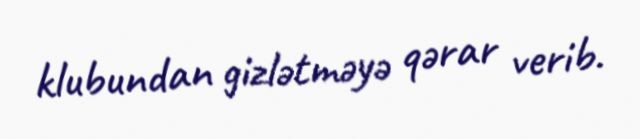
klubundan gizlətməyə qərar verib.